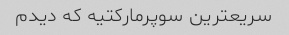
سریعترین سوپرمارکتیه که دیدم